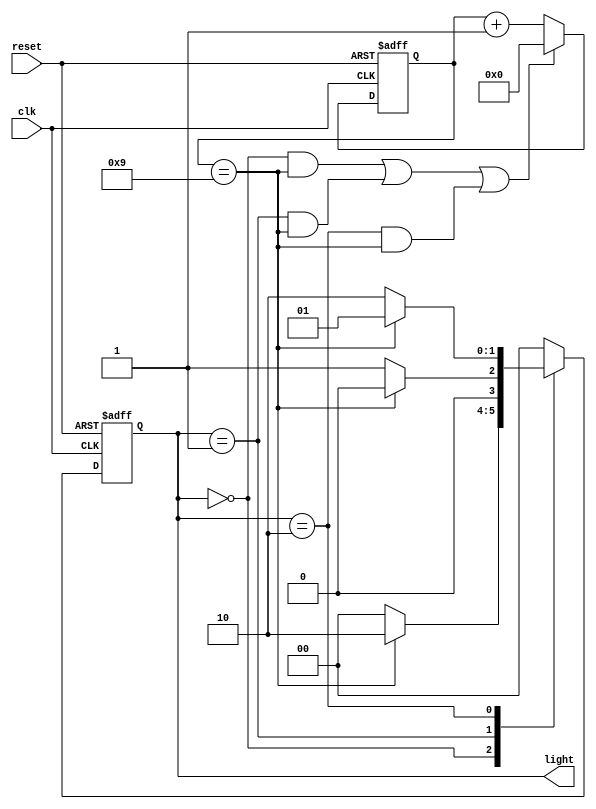
module traffic_control(
    input wire clk,
    input wire reset,
    output reg [1:0] light
);


parameter RED = 2'b00;
parameter YELLOW = 2'b01;
parameter GREEN = 2'b10;

parameter RED_TIME = 10;
parameter YELLOW_TIME = 10;
parameter GREEN_TIME = 10;

reg [1:0] state, next_state;
reg [5:0] timer;

always @(posedge clk or posedge reset) begin
    if (reset)
        state <= RED;
    else
        state <= next_state;
end

always @(*) begin
    case (state)
        RED:
            if (timer == RED_TIME - 1)
                next_state = GREEN;
            else
                next_state = RED;
        YELLOW:
            if (timer == YELLOW_TIME - 1)
                next_state = RED;
            else
                next_state = YELLOW;
        GREEN:
            if (timer == GREEN_TIME - 1)
                next_state = YELLOW;
            else
                next_state = GREEN;
        default: next_state = RED;
    endcase
end

always @(posedge clk or posedge reset) begin
    if (reset)
        timer <= 0;
    else if ((state == RED && timer == RED_TIME - 1) ||
             (state == YELLOW && timer == YELLOW_TIME - 1) ||
             (state == GREEN && timer == GREEN_TIME - 1))
        timer <= 0;
    else
        timer <= timer + 1;
end

always @(*) begin
    light = state;
end

endmodule